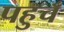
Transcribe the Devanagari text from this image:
पहुचँ